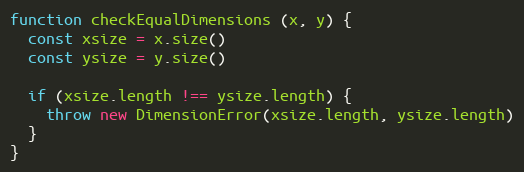
Language: JavaScript
function checkEqualDimensions (x, y) {
  const xsize = x.size()
  const ysize = y.size()

  if (xsize.length !== ysize.length) {
    throw new DimensionError(xsize.length, ysize.length)
  }
}